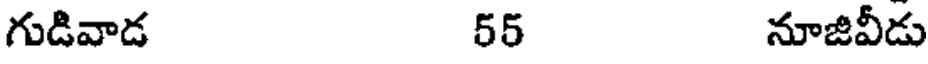
గుడివాడ 55 నూజివీడు